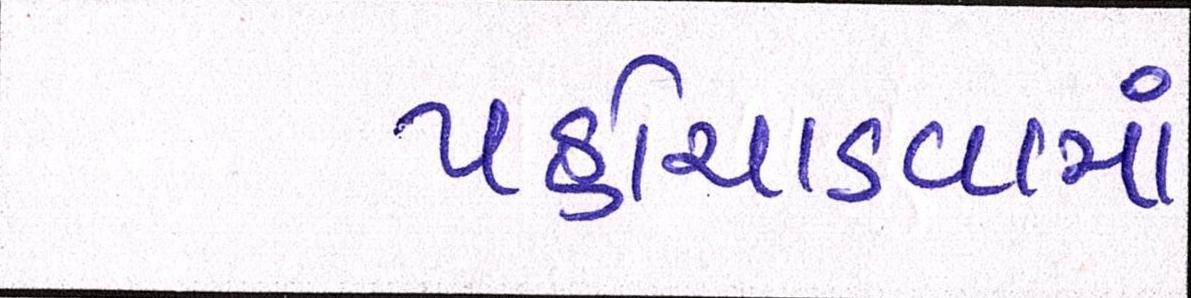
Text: પહોંચાડવામાં